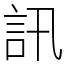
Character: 訊